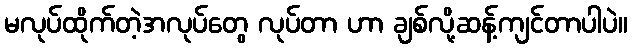
မလုပ်ထိုက်တဲ့အလုပ်တွေ လုပ်တာ ဟာ ချစ်လို့ဆန့်ကျင်တာပါပဲ။